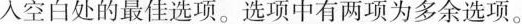
入空白处的最佳选项.选项中有两项为多余选项。